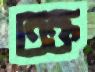
তক্ত